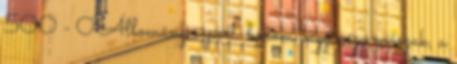
500 - 0 Állománycsoport. három vagy négy műszak, a